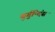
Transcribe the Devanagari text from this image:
बुर्गुन्दिंस